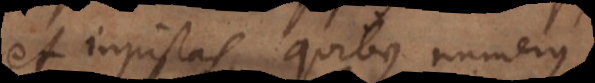
et injustas, quibus numerus